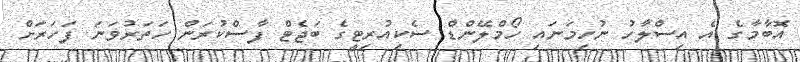
އޮބާމާގެ އެ އިސްލާހު ނުހިމަނައި ހޯމްލޭންޑް ސެކިއުރިޓީގެ ބަޖެޓް ފާސްކުރަން ހަތަރުވަނަ ފަހަރަށް